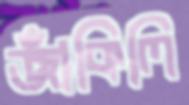
জাঁকিলি